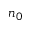
n _ { 0 }